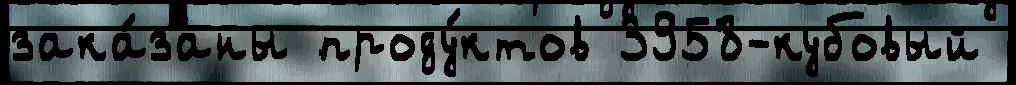
зака́заны проду́ктов 3958-кубовый